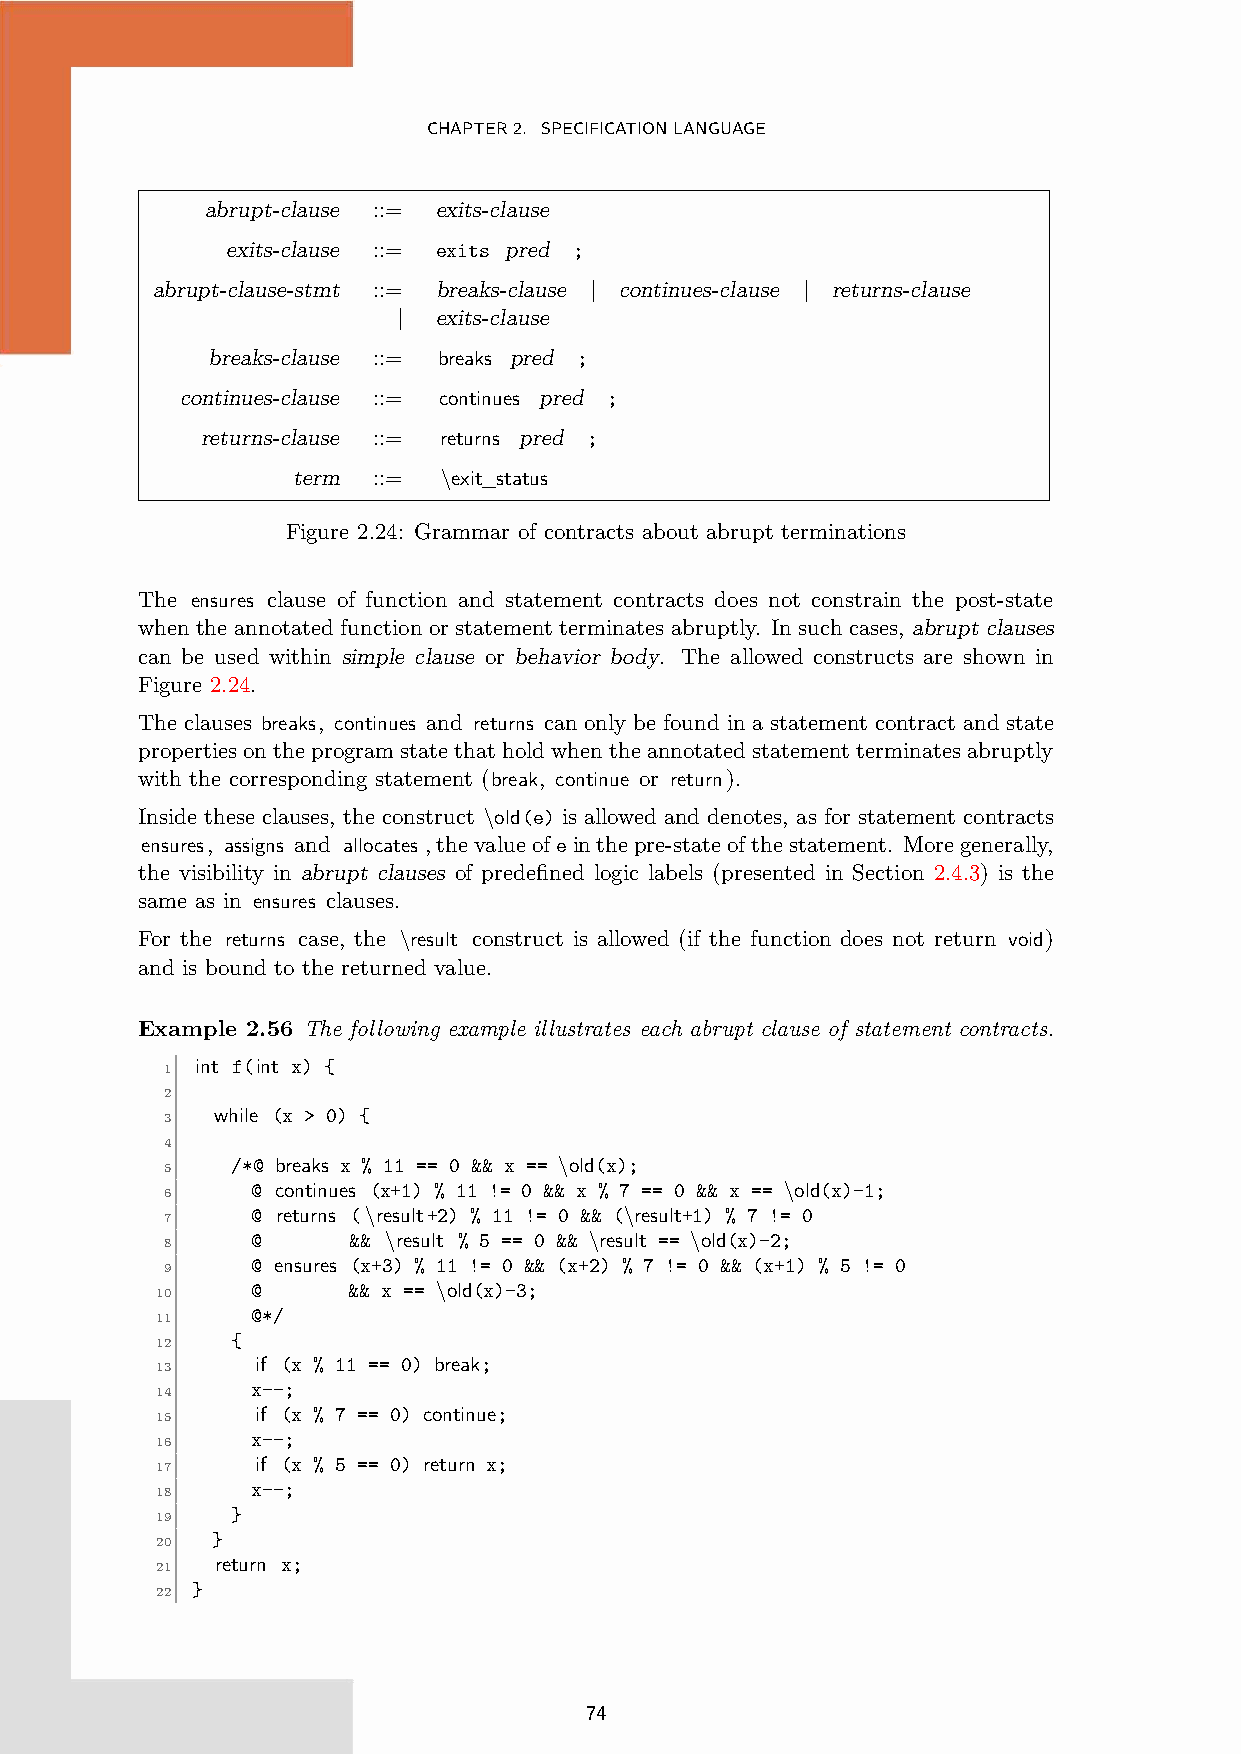
CHAPTER2. SPECIFICATIONLANGUAGE
 abrupt-clause ::= exits-clause
 exits-clause ::= exits pred ;
 abrupt-clause-stmt ::= breaks-clause | continues-clause | returns-clause
 |  exits-clause
 breaks-clause ::= breaks pred ;
 continues-clause ::= continues pred ;
 returns-clause ::= returns pred ;
 term  ::= \exit_status
 Figure 2.24: Grammar of contracts about abrupt terminations
 The ensures clause of function and statement contracts does not constrain the post-state
 when the annotated function or statement terminates abruptly. In such cases, abrupt clauses
 can be used within simple clause or behavior body. The allowed constructs are shown in
 Figure 2.24.
 The clauses breaks, continues and returns can only be found in a statement contract and state
 propertiesontheprogramstatethatholdwhentheannotatedstatementterminatesabruptly
 with the corresponding statement (break, continue or return).
 Inside these clauses, the construct \old(e) is allowed and denotes, as for statement contracts
 ensures, assigns and allocates ,thevalueofeinthepre-stateofthestatement. Moregenerally,
 the visibility in abrupt clauses of predefined logic labels (presented in Section 2.4.3) is the
 same as in ensures clauses.
 For the returns case, the \result construct is allowed (if the function does not return void)
 and is bound to the returned value.
 Example 2.56 The following example illustrates each abrupt clause of statement contracts.
 int f(int x) {
 1
 2
 while (x > 0) {
 3
 4
 /*@ breaks x % 11 == 0 && x == \old(x);
 5
 @ continues (x+1) % 11 != 0 && x % 7 == 0 && x == \old(x)-1;
 6
 @ returns (\result+2) % 11 != 0 && (\result+1) % 7 != 0
 7
 @     && \result % 5 == 0 && \result == \old(x)-2;
 8
 @ ensures (x+3) % 11 != 0 && (x+2) % 7 != 0 && (x+1) % 5 != 0
 9
 @     && x == \old(x)-3;
 10
 @*/
 11
 {
 12
 if (x % 11 == 0) break;
 13
 x--;
 14
 if (x % 7 == 0) continue;
 15
 x--;
 16
 if (x % 5 == 0) return x;
 17
 x--;
 18
 }
 19
 }
 20
 return x;
 21
 }
 22
 74